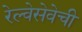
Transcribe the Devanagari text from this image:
रेल्वेसेवेची